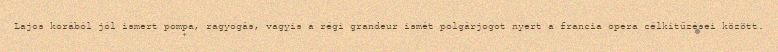
Lajos korából jól ismert pompa, ragyogás, vagyis a régi grandeur ismét polgárjogot nyert a francia opera célkitűzései között.